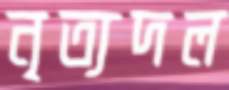
নৃত্যদল